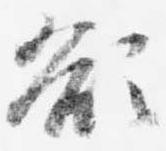
欲